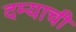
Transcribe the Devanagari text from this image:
दम्याची